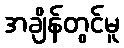
အချိန်တွင်မူ